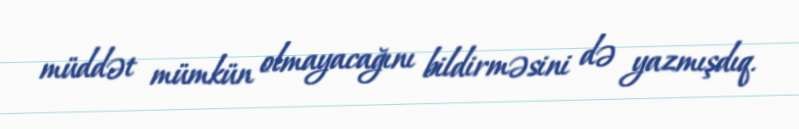
müddət mümkün olmayacağını bildirməsini də yazmışdıq.